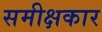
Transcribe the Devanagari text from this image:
समीक्षकार